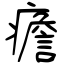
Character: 癚